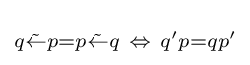
\scriptstyle {q{\tilde {\leftarrow }}p=p{\tilde {\leftarrow }}q\ \Leftrightarrow \ q'p=qp'\,}\!